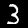
Digit: 3